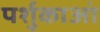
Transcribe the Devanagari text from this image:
पर्शुकाआं